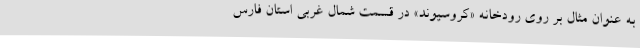
به عنوان مثال بر روی رودخانه «کروسیوند» در قسمت شمال غربی استان فارس